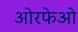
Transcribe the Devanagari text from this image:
ओरफेओ